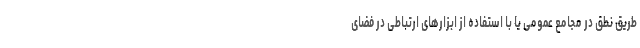
طریق نطق در مجامع عمومی یا با استفاده از ابزارهای ارتباطی در فضای